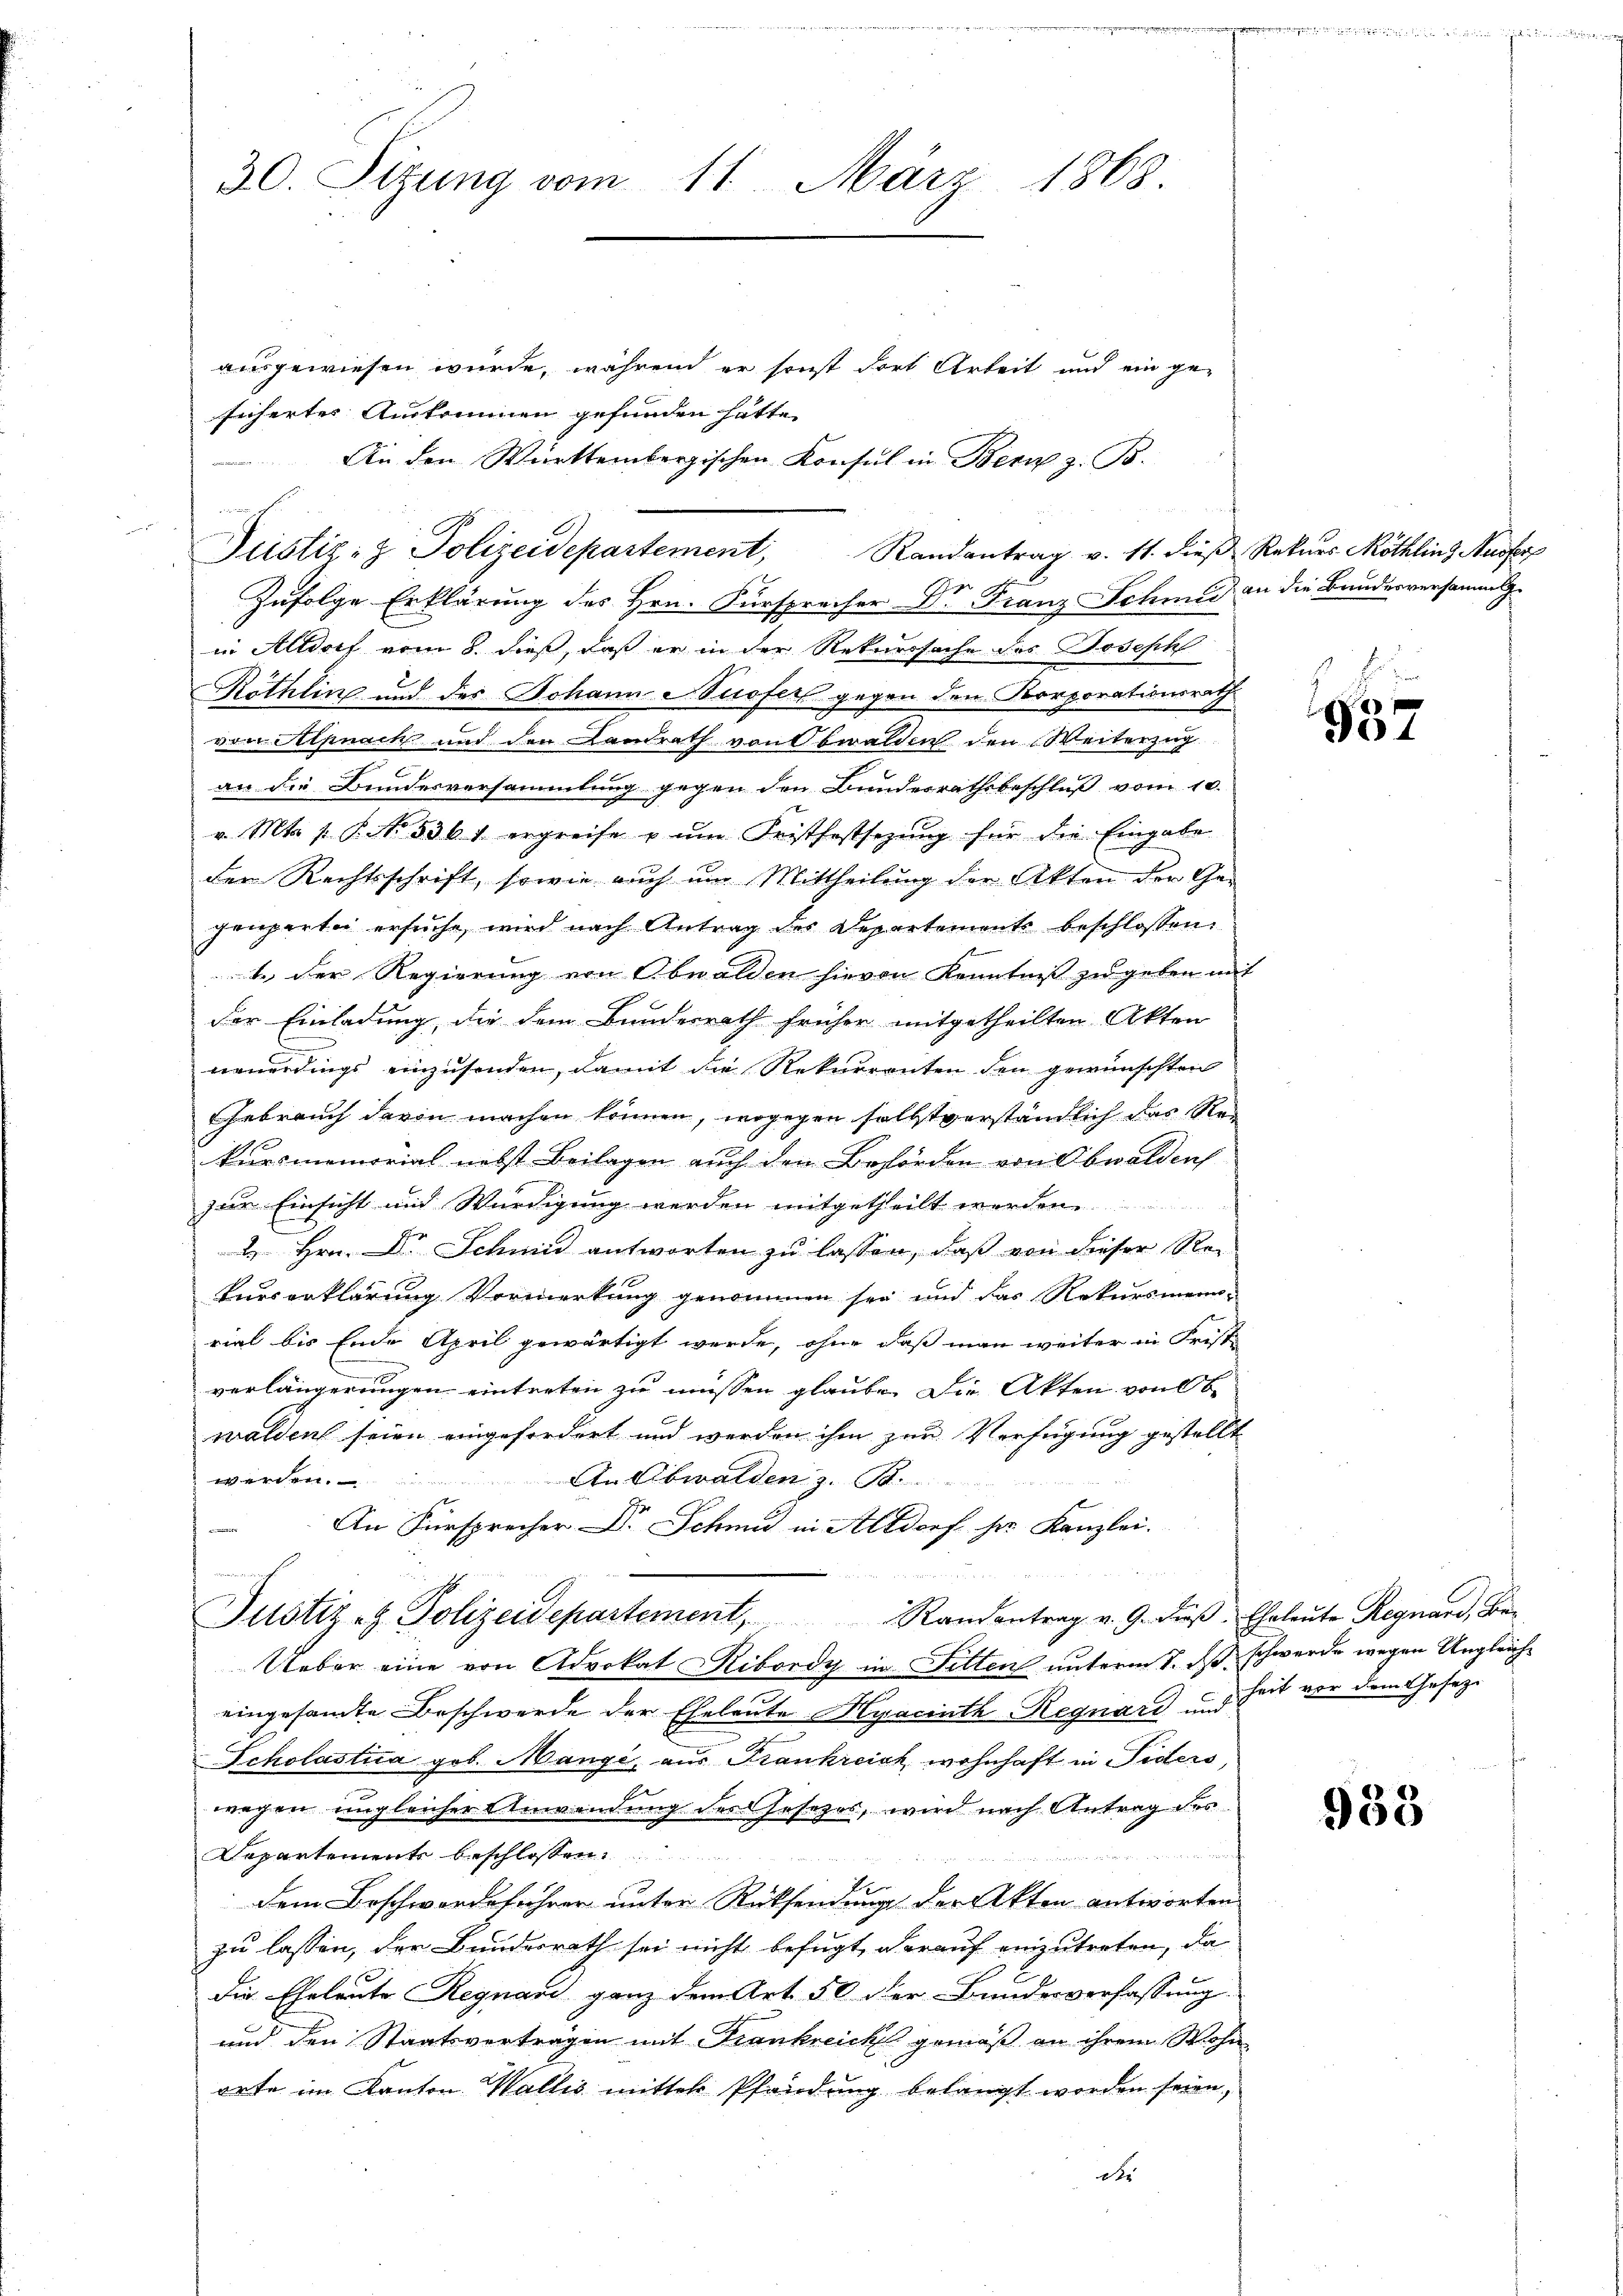
30. Sitzung vom 11. März 1868.

ausgewiesen wurde, während er sonst dort Arbeit und ein ge-
sichertes Auskommen gefunden hätte.
An den Württembergischen Konsul in Bern z. B.
Zufolge Erklärung des Hrn. Fürsprecher Dr Franz Schmid an die Bauderversammlg.
in Altdorf vom 8. dieß, daß er in der Rekurssache des Joseph
Röthlin und der Johann e Sofers gegen den Korporationsrath
von Aepnach und den Landrath von Obwalden den Weiterzug
an die Bundesversammlung gegen den Bundesrathsbeschluß vom 10.
v. Mts. 1. P. Nr. 536 f ergreife u ŭm Fristfestsetzŭng für die Eingabe
den Rechtsschrift, sowie auch um Mittheilung der Akten der Gegeuperte ersuche, wird nach Antrag des Departements beschlossen:
t der Regierung von Obwalden hievon Kenntniß zu geben mit
der Einladung, die dem Bundesrath früher mitgetheilten Akten
neuerdings einzusenden, damit die Rekurrenten den gewünschten
Gebrauch davon machen können, wogegen selbstverständlich das Rekursmemorial nebst Beilagen auch den Behörden von Obwalden
zur Einsicht und Würdigung werden mitgetheilt werden.
 Hrn. Dr. Schmid antworten zu lassen, daß von dieser Rei
Burserklärung Vormerkung genommen sey und das Rekursmannrial bis Ende April gewärtigt werde, ohne daß man weiter in Frist-
verlängerungen eintreten zu müssen glaube. Die Akten von be
walden seien eingefordert und werden ihm zur Verfügung gestellt
An Obwalden z. B.
werden.
An Fürsprecher Dr. Schmid in Altdorf sr. Kanzlei.
Justiz- & Polizeidepartement, Randantrag v. 9. dieβ. Ehrleŭte Regnard, Be¬
Ueber eine von Advokat Ribordy im Sitten unterm 7. ds. schwerde wegen Ungleicheingesandte Beschwerde der Eheleute Hyacinth Regnard und Zeit vor dem Geseze
Scholastica geb. Mange, aus Frankreich wohnhaft in Siders,
wegen ungleicher Anwendung des Gesezes, wird nach Antrag des
Departements beschlossen:
Dem Beschwordeführer unter Rücksendung der Akten antworten
zu lassen, der Bundesrath sei nicht befugt, darauf einzutreten, da
die Eheleute Regnau ganz dem Art. 50 der Bundesverfassung
und den Staatsvertragen mit Frankreich gemäß an ihrem Wohn-
orte im Kanton Wallis mittel Pfandung belangt worden seien,
dr

Justiz- & Polizeidepartement, Randantrag v. 11. dieß Rekurs Röthlins Ausfer

937

953